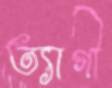
ত্যাগী